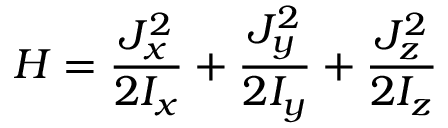
H = \frac { J _ { x } ^ { 2 } } { 2 I _ { x } } + \frac { J _ { y } ^ { 2 } } { 2 I _ { y } } + \frac { J _ { z } ^ { 2 } } { 2 I _ { z } }